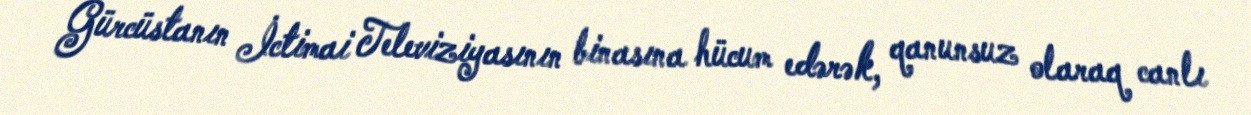
Gürcüstanın İctimai Televiziyasının binasına hücum edərək, qanunsuz olaraq canlı